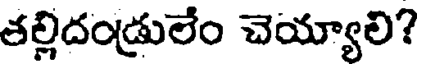
తల్లిదండ్రులేం చెయ్యాలి?